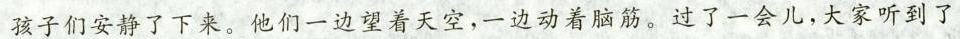
孩子们安静了下来。他们一边望着天空，一边动着脑筋。过了一会儿，大家听到了